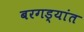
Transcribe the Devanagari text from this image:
बरगड्यांत